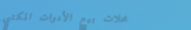
محلات بيع الأدوات المكتبي